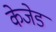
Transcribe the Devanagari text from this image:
केजेड